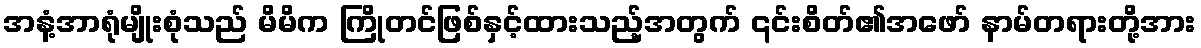
အနံ့အာရုံမျိုးစုံသည် မိမိက ကြိုတင်ဖြစ်နှင့်ထားသည့်အတွက် ၎င်းစိတ်၏အဖော် နာမ်တရားတို့အား